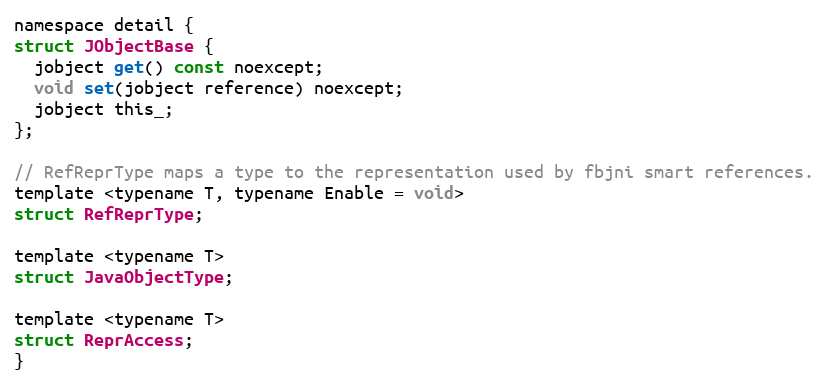
Language: C
namespace detail {
struct JObjectBase {
  jobject get() const noexcept;
  void set(jobject reference) noexcept;
  jobject this_;
};

// RefReprType maps a type to the representation used by fbjni smart references.
template <typename T, typename Enable = void>
struct RefReprType;

template <typename T>
struct JavaObjectType;

template <typename T>
struct ReprAccess;
}